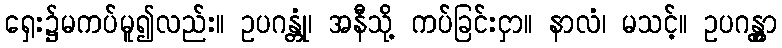
ရှေး၌မကပ်မူ၍လည်း။ ဥပဂန္တုံ၊ အနီသို့ ကပ်ခြင်းငှာ။ နာလံ၊ မသင့်။ ဥပဂန္တွာ